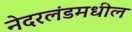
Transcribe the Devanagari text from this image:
नेदरलंडमधील